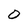
Character: 0